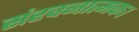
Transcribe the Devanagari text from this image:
संरचनात्मक।